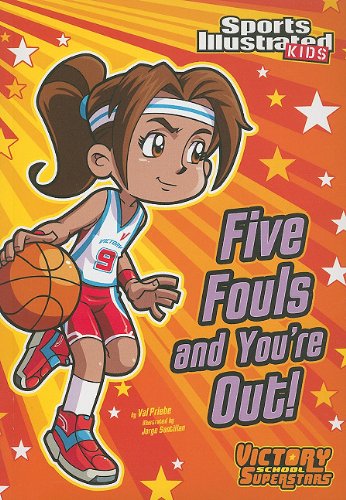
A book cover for Five Fouls and You're Out! (Sports Illustrated Kids Victory School Superstars); Val Priebe; Children's Books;